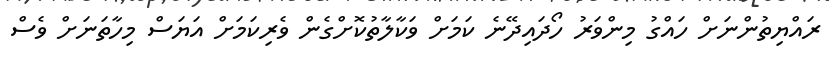
ރައްޔިތުންނަށް ހައްގު މިންވަރު ހޯދައިދޭނެ ކަމަށް ވަކާލާތުކޮށްގެން ވެރިކަމަށް އަޔަސް މިހާތަނަށް ވެސް